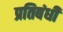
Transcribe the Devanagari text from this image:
प्रतिबंधी